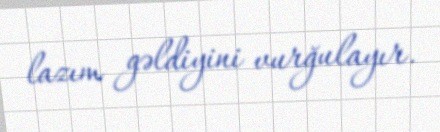
lazım gəldiyini vurğulayır.